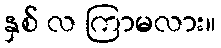
နှစ် လ ကြာမလား။